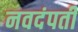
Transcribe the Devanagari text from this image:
नवदंपती